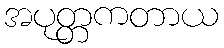
အပုတ္တကတာယ